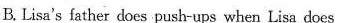
B.Lisa's father does push-ups when Lisa does